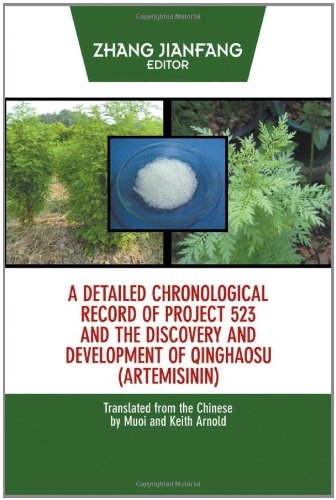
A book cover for A Detailed Chronological Record of Project 523 and the Discovery and Development of Qinghaosu (Artemisinin); Zhang Jianfang; Science & Math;